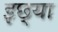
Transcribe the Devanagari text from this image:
इछ्या